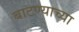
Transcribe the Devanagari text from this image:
बाटण्याच्या